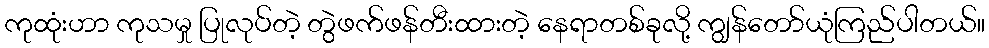
ကုထုံးဟာ ကုသမှု ပြုလုပ်တဲ့ တွဲဖက်ဖန်တီးထားတဲ့ နေရာတစ်ခုလို့ ကျွန်တော်ယုံကြည်ပါတယ်။